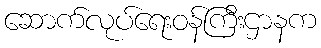
ဆောက်လုပ်ရေးဝန်ကြီးဌာနက